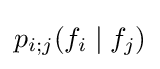
p_{i;j}(f_{i}\mid f_{j})